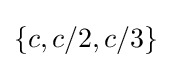
\{c,c/2,c/3\}